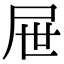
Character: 屉